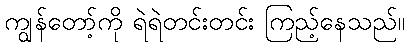
ကျွန်တော့်ကို ရဲရဲတင်းတင်း ကြည့်နေသည်။